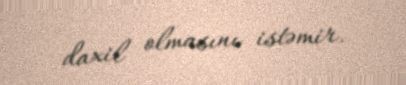
daxil olmasını istəmir.